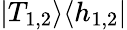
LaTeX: \left|T_{1,2}\right>\! \left<h_{1,2}\right|